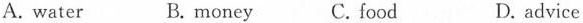
A.water B.money C.food D.advice